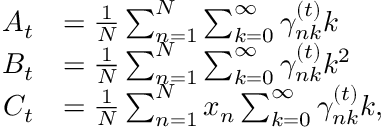
\begin{array} { r l } { A _ { t } } & { = \frac { 1 } { N } \sum _ { n = 1 } ^ { N } \sum _ { k = 0 } ^ { \infty } \gamma _ { n k } ^ { ( t ) } k } \\ { B _ { t } } & { = \frac { 1 } { N } \sum _ { n = 1 } ^ { N } \sum _ { k = 0 } ^ { \infty } \gamma _ { n k } ^ { ( t ) } k ^ { 2 } } \\ { C _ { t } } & { = \frac { 1 } { N } \sum _ { n = 1 } ^ { N } x _ { n } \sum _ { k = 0 } ^ { \infty } \gamma _ { n k } ^ { ( t ) } k , } \end{array}